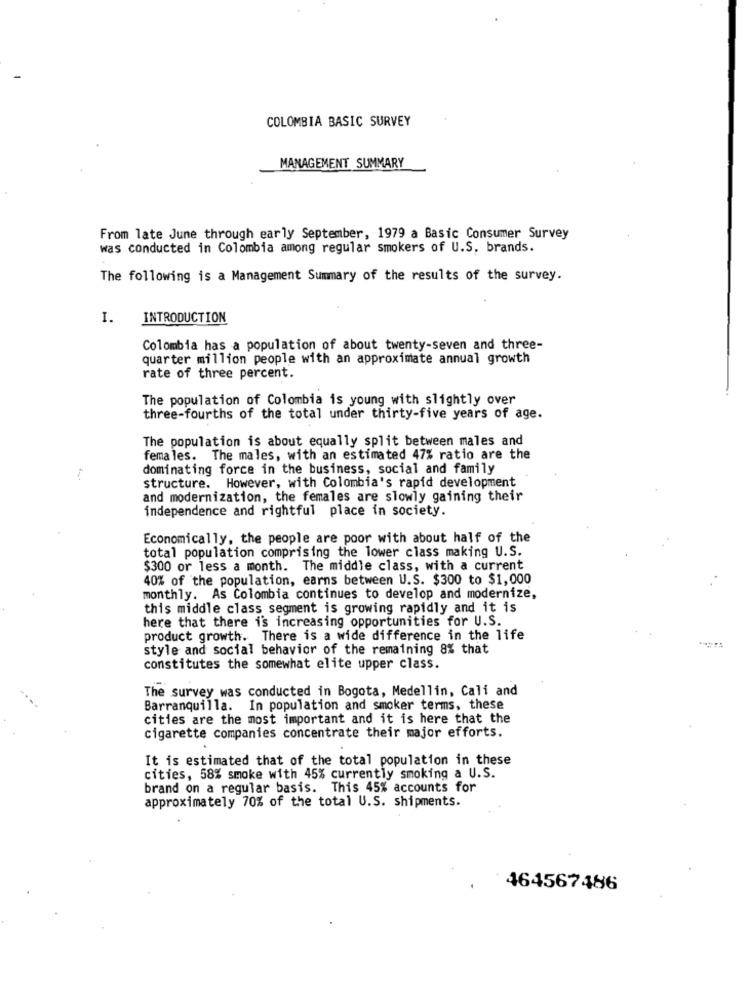
COLOMBIA BASIC SURVEY
MANAGEMENT SUMMARY
From late June through early September, 1979 a Basic Consumer Survey
was conducted in Colombia among regular smokers of U.S. brands.
The following is a Management Summary of the results of the survey.
I.
INTRODUCTION
Colombia has a population of about twenty-seven and three-
quarter million people with an approximate annual growth
rate of three percent.
The population of Colombia is young with slightly over
three-fourths of the total under thirty-five years of age.
The population is about equally split between males and
females. The males, with an estimated 47% ratio are the
dominating force in the business, social and family
structure. However, with Colombia's rapid development
and modernization, the females are slowly gaining their
independence and rightful place in society.
Economically, the people are poor with about half of the
total population comprising the lower class making U.S.
$300 or less a month. The middle class, with a current
40% of the population, earns between U.S. $300 to $1,000
monthly. As Colombia continues to develop and modernize,
this middle class segment is growing rapidly and it is
here that there is increasing opportunities for U.S.
product growth. There is a wide difference in the life
style and social behavior of the remaining 8% that
constitutes the somewhat elite upper class.
The survey was conducted in Bogota, Medellin, Cali and
Barranquilla. In population and smoker terms, these
cities are the most important and it is here that the
cigarette companies concentrate their major efforts.
It is estimated that of the total population in these
cities, 58% smoke with 45% currently smoking a U.S.
brand on a regular basis. This 45% accounts for
approximately 70% of the total U.S. shipments.
464567486